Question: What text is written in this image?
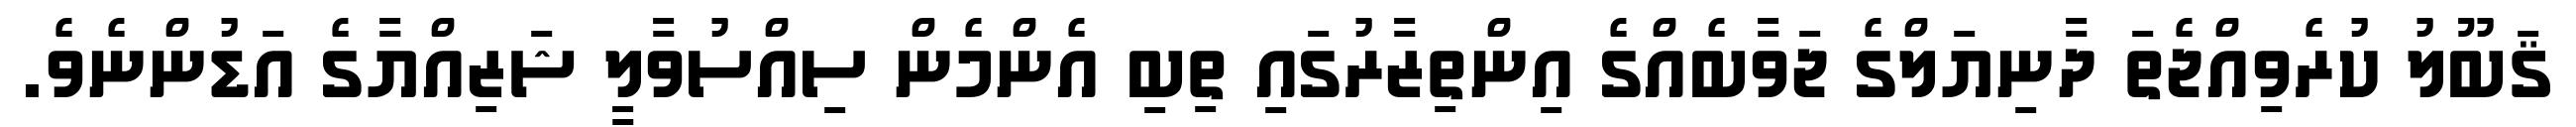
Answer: ޤަބޫލު ކުރެވިއްޖެތަ ދާނިޔަލްގެ ޖަވާބެއްގެ އިންތިޒާރުގައި ތިބި އެންމެން ސިއްސުވާލީ ޝަޒިއްޔާގެ އަޑުންނެވެ.